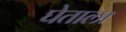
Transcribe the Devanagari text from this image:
घेताला